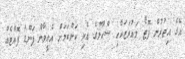
އޭގެ އިތުރުން ފޮޓޯ މައުރަޒަކާއި ސްކޫލުގެ އެކި ކަންކަމަށް އެހީވާން ފަންޑު ފޮއްޓެއް